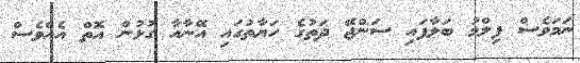
ނަމަވެސް ފިލްމު ބަލާފައި ސަންޖޭ ދަތުގެ ހަޔާތުގައި އޭނާއާ ގުޅުން އޮތް އެއްވެސް